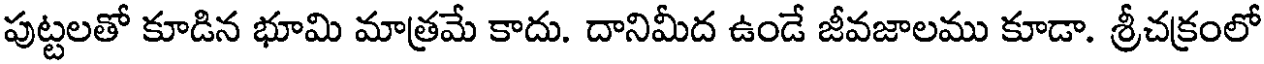
పుట్టలతో కూడిన భూమి మాత్రమే కాదు. దానిమీద ఉండే జీవజాలము కూడా. శ్రీచక్రంలో